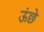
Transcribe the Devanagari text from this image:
ऊंछे